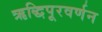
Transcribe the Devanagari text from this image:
ऋद्धिपूरवर्णन